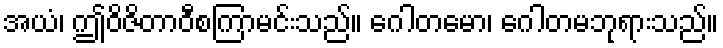
အယံ၊ ဤဝိဇိတာဝီစကြာမင်းသည်။ ဂေါတမော၊ ဂေါတမဘုရားသည်။